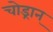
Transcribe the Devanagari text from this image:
चोड्रान्‌